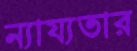
ন্যায্যতার